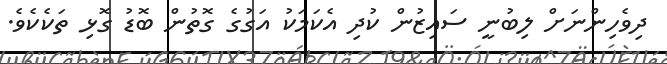
ދިވެހިންނަށް ލިބުނީ ސައިޒުން ކުދި އެކަމަކު އަގުގެ ގޮތުން ބޮޑު ގޮޅި ތަކެކެވެ.